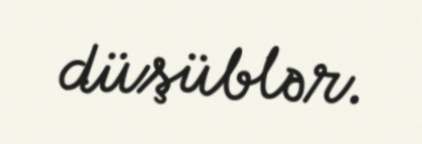
düşüblər.